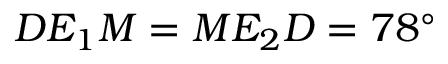
D E _ { 1 } M = M E _ { 2 } D = 7 8 ^ { \circ }